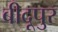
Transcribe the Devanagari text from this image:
बीदूपुर